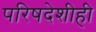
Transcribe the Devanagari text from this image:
परिषदेशीही